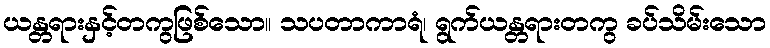
ယန္တရားနှင့်တကွဖြစ်သော။ သပတာကာရံ၊ ရွက်ယန္တရားတကွ ခပ်သိမ်းသော